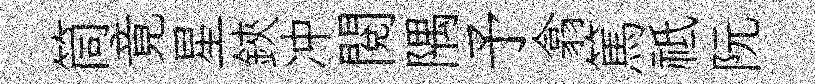
筒竟星鋏冲閱隅予翕篤祗阮